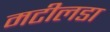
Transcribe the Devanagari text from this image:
मटीलडा